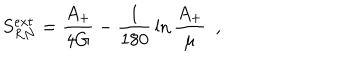
S _ { R N } ^ { e x t } = { \frac { A _ { + } } { 4 G } } - { \frac { 1 } { 1 8 0 } } \ln { \frac { A _ { + } } { \mu } } ~ ~ ,